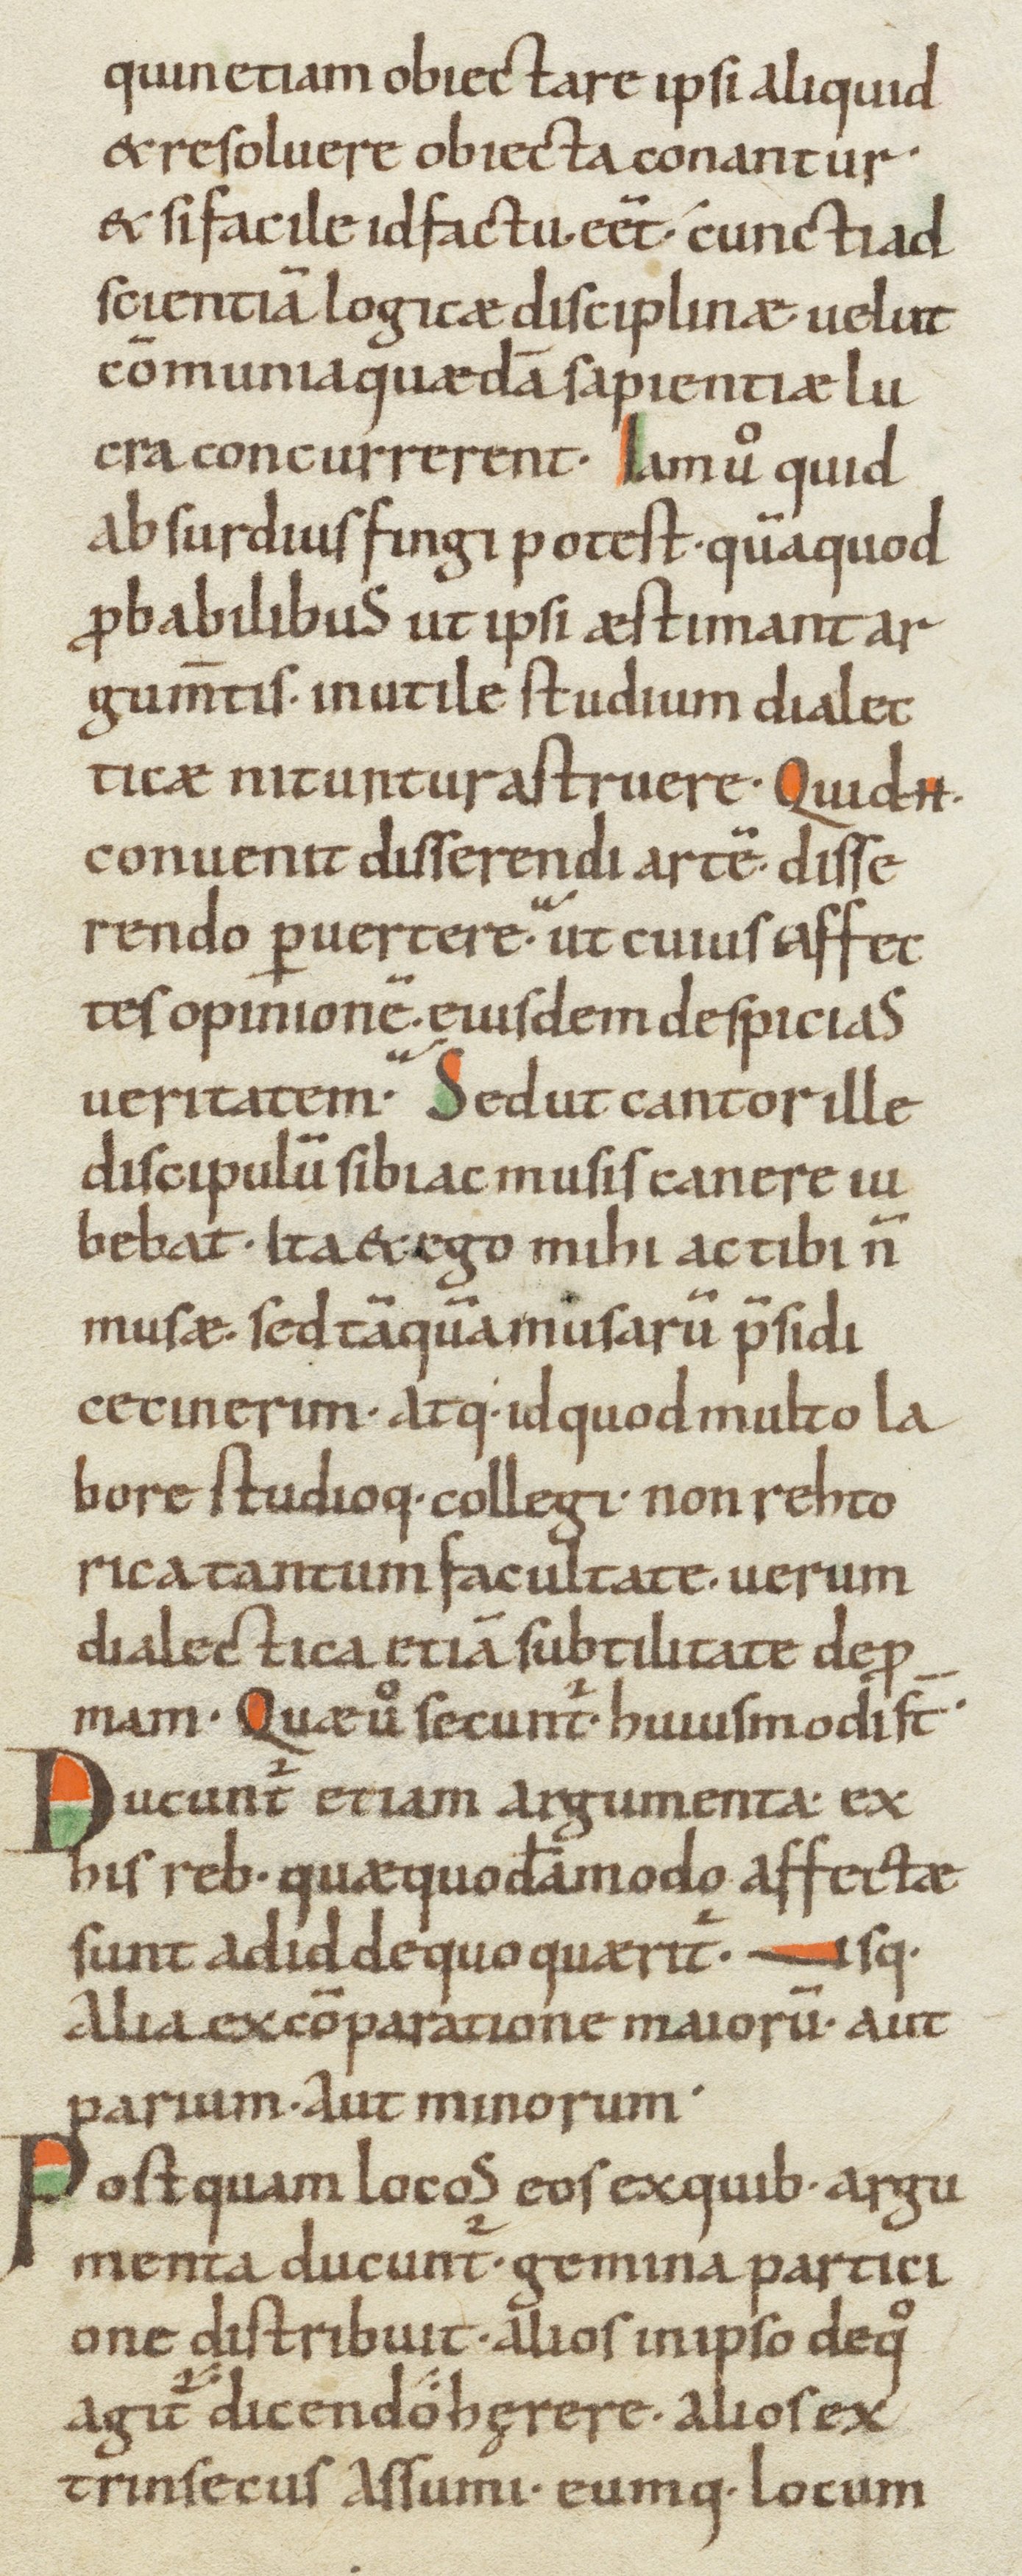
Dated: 1000–1099